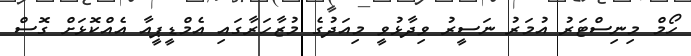
ހޯމް މިނިސްޓަރު އުމަރު ނަސީރު ވިދާޅުވީ މިއަދުގެ މުޒާހަރާގައި އެމްޑީޕީއާ އެއްކޮޅަށް ގޮސް